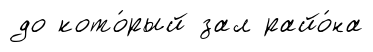
до кото́рый зал райо́на